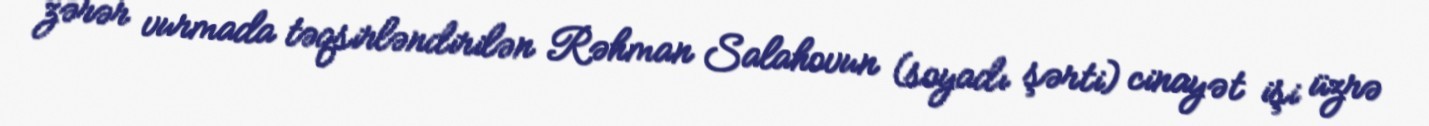
zərər vurmada təqsirləndirilən Rəhman Salahovun (soyadı şərti) cinayət işi üzrə